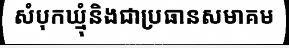
សំបុកឃ្មុំនិងជាប្រធានសមាគម